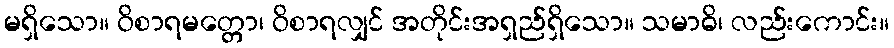
မရှိသော။ ဝိစာရမတ္တော၊ ဝိစာရလျှင် အတိုင်းအရှည်ရှိသော။ သမာဓိ၊ လည်းကောင်း။